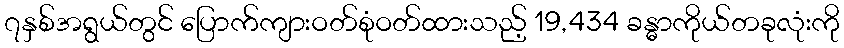
၇နှစ်အရွယ်တွင် ပြောက်ကျားဝတ်စုံဝတ်ထားသည့် 19,434 ခန္ဓာကိုယ်တခုလုံးကို